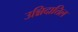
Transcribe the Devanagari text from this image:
उन्निदात्तिल